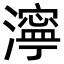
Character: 濘